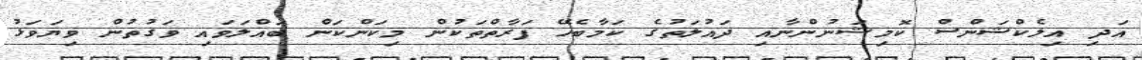
އަދި އިލެކްޝަންސް ކޮމިޝަނުންނާއި ދައުލަތުގެ ކަމާބެހޭ ފަރާތްތަކުން މިކަންކަން ބައްލަވައި ވަގުތުން ވިޔަވަޅު